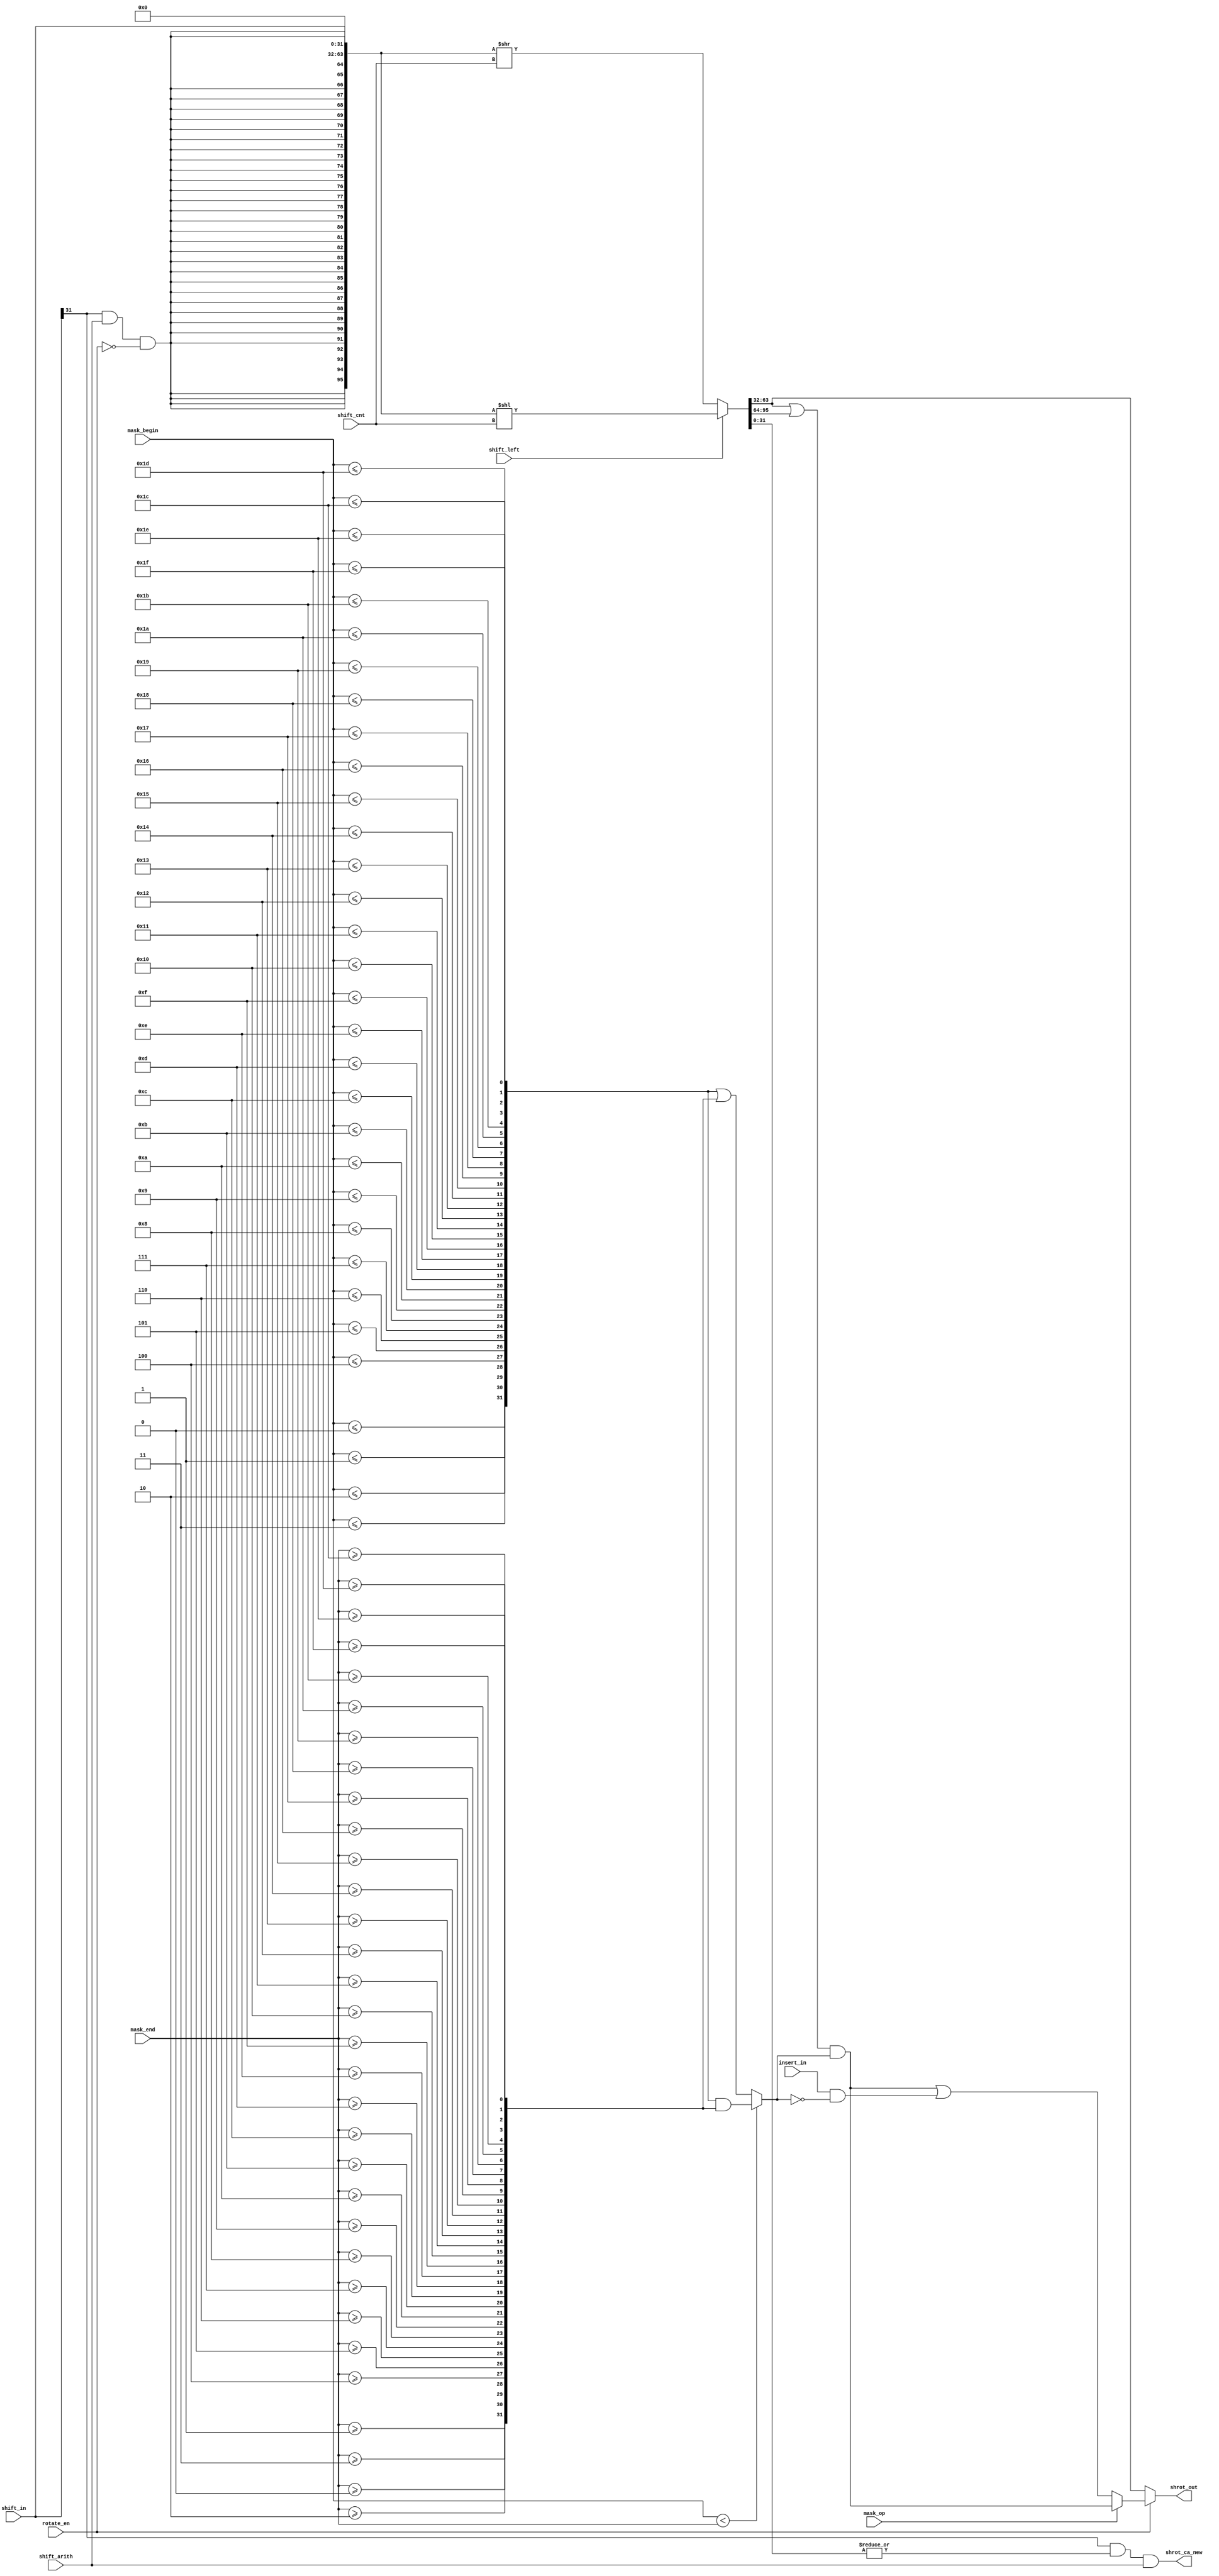
module pippo_barrel (
	shift_in,
	shift_cnt,
    insert_in, 
	mask_begin,
	mask_end, 
	shift_left,
	shift_arith,
	rotate_en, 
	mask_op, 
    shrot_out,
    shrot_ca_new
	);
input [31:0] shift_in;		
input [31:0] insert_in;		
input [4:0] shift_cnt;		
input shift_left;		    
input shift_arith;		    
input rotate_en;            
input [4:0] mask_begin;		
input [4:0] mask_end;		
input mask_op;              
output [31:0] shrot_out;
output  shrot_ca_new;
reg     [95:0]      shifted;
wire    [31:0]      insert_in;
wire    [31:0]      shift_out;
wire    [31:0]      rotate_out;
wire    [31:0]      shrot_out;
wire    [95:0]      sht_operand;
wire                fill;
assign fill = shift_in[31] & shift_arith & (!rotate_en);
assign sht_operand = {({32{fill}}), shift_in, 32'b0};
always @ (sht_operand or shift_left or shift_cnt) begin
	if (shift_left)
		shifted = sht_operand << shift_cnt;
	else
		shifted = sht_operand >> shift_cnt;
end
assign shift_out = shifted[63:32];
wire [31:0] mask_first, mask_second, mask_last;
assign mask_first[31] = mask_begin <= 5'd0; 
assign mask_first[30] = mask_begin <= 5'd1; 
assign mask_first[29] = mask_begin <= 5'd2; 
assign mask_first[28] = mask_begin <= 5'd3; 
assign mask_first[27] = mask_begin <= 5'd4; 
assign mask_first[26] = mask_begin <= 5'd5; 
assign mask_first[25] = mask_begin <= 5'd6; 
assign mask_first[24] = mask_begin <= 5'd7; 
assign mask_first[23] = mask_begin <= 5'd8; 
assign mask_first[22] = mask_begin <= 5'd9; 
assign mask_first[21] = mask_begin <= 5'd10; 
assign mask_first[20] = mask_begin <= 5'd11; 
assign mask_first[19] = mask_begin <= 5'd12; 
assign mask_first[18] = mask_begin <= 5'd13; 
assign mask_first[17] = mask_begin <= 5'd14; 
assign mask_first[16] = mask_begin <= 5'd15; 
assign mask_first[15] = mask_begin <= 5'd16; 
assign mask_first[14] = mask_begin <= 5'd17; 
assign mask_first[13] = mask_begin <= 5'd18; 
assign mask_first[12] = mask_begin <= 5'd19; 
assign mask_first[11] = mask_begin <= 5'd20; 
assign mask_first[10] = mask_begin <= 5'd21; 
assign mask_first[9] = mask_begin <= 5'd22; 
assign mask_first[8] = mask_begin <= 5'd23; 
assign mask_first[7] = mask_begin <= 5'd24; 
assign mask_first[6] = mask_begin <= 5'd25; 
assign mask_first[5] = mask_begin <= 5'd26; 
assign mask_first[4] = mask_begin <= 5'd27; 
assign mask_first[3] = mask_begin <= 5'd28; 
assign mask_first[2] = mask_begin <= 5'd29; 
assign mask_first[1] = mask_begin <= 5'd30; 
assign mask_first[0] = mask_begin <= 5'd31; 
assign mask_second[31] = mask_end >= 5'd0; 
assign mask_second[30] = mask_end >= 5'd1; 
assign mask_second[29] = mask_end >= 5'd2; 
assign mask_second[28] = mask_end >= 5'd3; 
assign mask_second[27] = mask_end >= 5'd4; 
assign mask_second[26] = mask_end >= 5'd5; 
assign mask_second[25] = mask_end >= 5'd6; 
assign mask_second[24] = mask_end >= 5'd7; 
assign mask_second[23] = mask_end >= 5'd8; 
assign mask_second[22] = mask_end >= 5'd9; 
assign mask_second[21] = mask_end >= 5'd10; 
assign mask_second[20] = mask_end >= 5'd11; 
assign mask_second[19] = mask_end >= 5'd12; 
assign mask_second[18] = mask_end >= 5'd13; 
assign mask_second[17] = mask_end >= 5'd14; 
assign mask_second[16] = mask_end >= 5'd15; 
assign mask_second[15] = mask_end >= 5'd16; 
assign mask_second[14] = mask_end >= 5'd17; 
assign mask_second[13] = mask_end >= 5'd18; 
assign mask_second[12] = mask_end >= 5'd19; 
assign mask_second[11] = mask_end >= 5'd20; 
assign mask_second[10] = mask_end >= 5'd21; 
assign mask_second[9] = mask_end >= 5'd22; 
assign mask_second[8] = mask_end >= 5'd23; 
assign mask_second[7] = mask_end >= 5'd24; 
assign mask_second[6] = mask_end >= 5'd25; 
assign mask_second[5] = mask_end >= 5'd26; 
assign mask_second[4] = mask_end >= 5'd27; 
assign mask_second[3] = mask_end >= 5'd28; 
assign mask_second[2] = mask_end >= 5'd29; 
assign mask_second[1] = mask_end >= 5'd30; 
assign mask_second[0] = mask_end >= 5'd31; 
assign mask_select = (mask_begin < mask_end);
assign mask_last = mask_select ? (mask_first & mask_second) : (mask_first | mask_second); 
wire    [31:0]  mask_and_out;
wire    [31:0]  mask_insert_out;
assign mask_and_out = (shifted[63:32] | shifted[95:64]) & mask_last;
assign mask_insert_out = ((shifted[63:32] | shifted[95:64]) & mask_last) |
                     (insert_in & ~mask_last);
assign rotate_out = mask_op ? mask_and_out : mask_insert_out;
assign shrot_out = rotate_en ? rotate_out : shift_out;
assign shrot_ca_new = shift_in[31] & (|shifted[31:0]) & shift_arith; 
endmodule